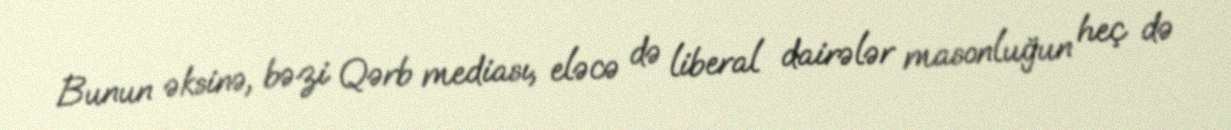
Bunun əksinə, bəzi Qərb mediası, eləcə də liberal dairələr masonluğun heç də